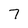
Character: 7